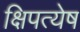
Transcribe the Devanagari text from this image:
क्षिपत्येष